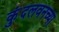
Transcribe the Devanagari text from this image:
कुंदलवनच्या